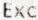
EXC